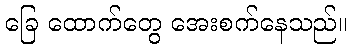
ခြေ ထောက်တွေ အေးစက်နေသည်။